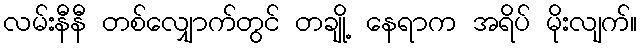
လမ်းနီနီ တစ်လျှောက်တွင် တချို့ နေရာက အရိပ် မိုးလျက်။